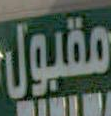
مقبول